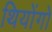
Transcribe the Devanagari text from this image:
थियोंगो